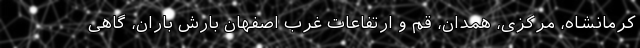
کرمانشاه، مرکزی، همدان، قم و ارتفاعات غرب اصفهان بارش باران، گاهی